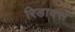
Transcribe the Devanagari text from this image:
रिडाक्स